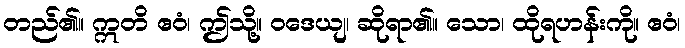
တည်၏။ ဣတိ ဧဝံ၊ ဤသို့။ ဝဒေယျ၊ ဆိုရာ၏။ သော၊ ထိုရဟန်းကို။ ဧဝံ၊